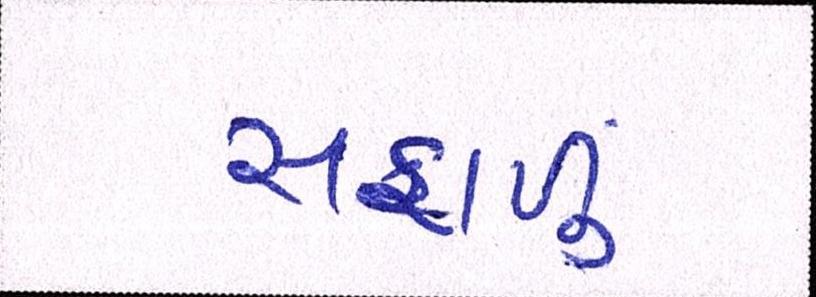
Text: સફાળું